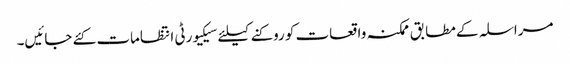
مراسلہ کے مطابق ممکنہ واقعات کو روکنے کیلئے سیکیورٹی انتظامات کئے جائیں۔